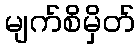
မျက်စိမှိတ်